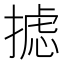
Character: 摅